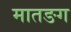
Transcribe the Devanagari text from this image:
मातङग